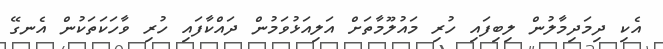
އެކި ދިމަދިމާލުން ލިބިފައި ހުރި މައުލޫމާތަށް އަލިއަޅުވަމުން ދައްކާފައި ހުރި ވާހަކަތަކުން އެނގޭ